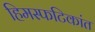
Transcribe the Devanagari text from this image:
हिमस्फटिकांत